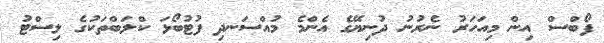
ފޯބްސް އިން މިއަހަރު ނެރުނު ދުނިޔޭގެ އެންމެ މުއްސަނދި ފުޓުބޯޅަ ކްލަބްތަކުގެ ލިސްޓު